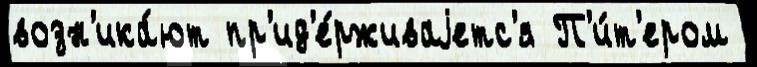
возн'ика́ют пр'ид'е́рживаjетс'я П'и́т'ером